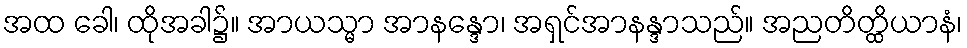
အထ ခေါ၊ ထိုအခါ၌။ အာယသ္မာ အာနန္ဒော၊ အရှင်အာနန္ဒာသည်။ အညတိတ္ထိယာနံ၊